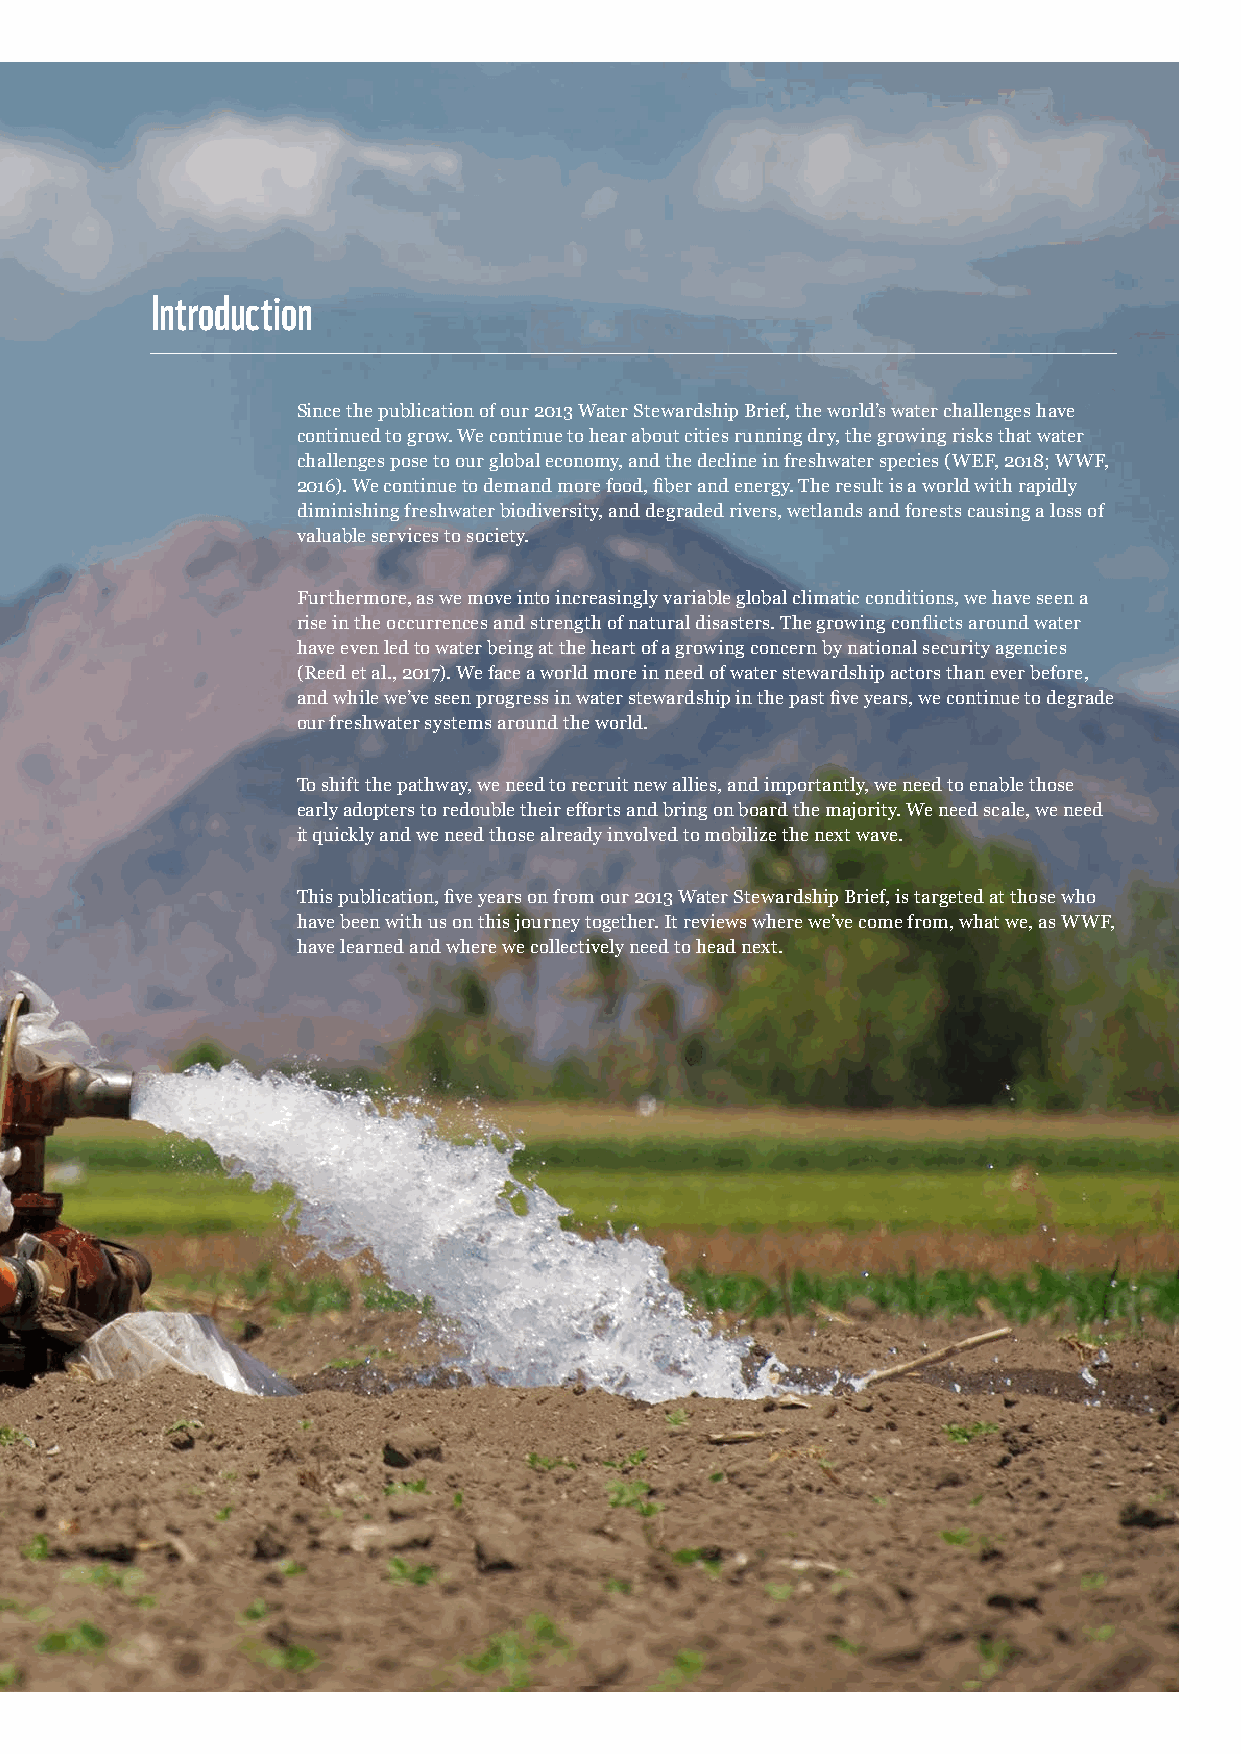
Introduction
 Since the publication of our 2013 Water Stewardship Brief, the world’s water challenges have
 continued to grow. We continue to hear about cities running dry, the growing risks that water
 challenges pose to our global economy, and the decline in freshwater species (WEF, 2018; WWF,
 2016). We continue to demand more food, fiber and energy. The result is a world with rapidly
 diminishing freshwater biodiversity, and degraded rivers, wetlands and forests causing a loss of
 valuable services to society.
 Furthermore, as we move into increasingly variable global climatic conditions, we have seen a
 rise in the occurrences and strength of natural disasters. The growing conflicts around water
 have even led to water being at the heart of a growing concern by national security agencies
 (Reed et al., 2017). We face a world more in need of water stewardship actors than ever before,
 and while we’ve seen progress in water stewardship in the past five years, we continue to degrade
 our freshwater systems around the world.
 To shift the pathway, we need to recruit new allies, and importantly, we need to enable those
 early adopters to redouble their efforts and bring on board the majority. We need scale, we need
 it quickly and we need those already involved to mobilize the next wave.
 This publication, five years on from our 2013 Water Stewardship Brief, is targeted at those who
 have been with us on this journey together. It reviews where we’ve come from, what we, as WWF,
 have learned and where we collectively need to head next.